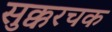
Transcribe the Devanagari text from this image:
सुक्करचक